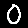
Digit: 0